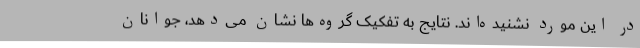
در این مورد نشنیده‌اند. نتایج به تفکیک گروه‌ها نشان می‌دهد، جوانان